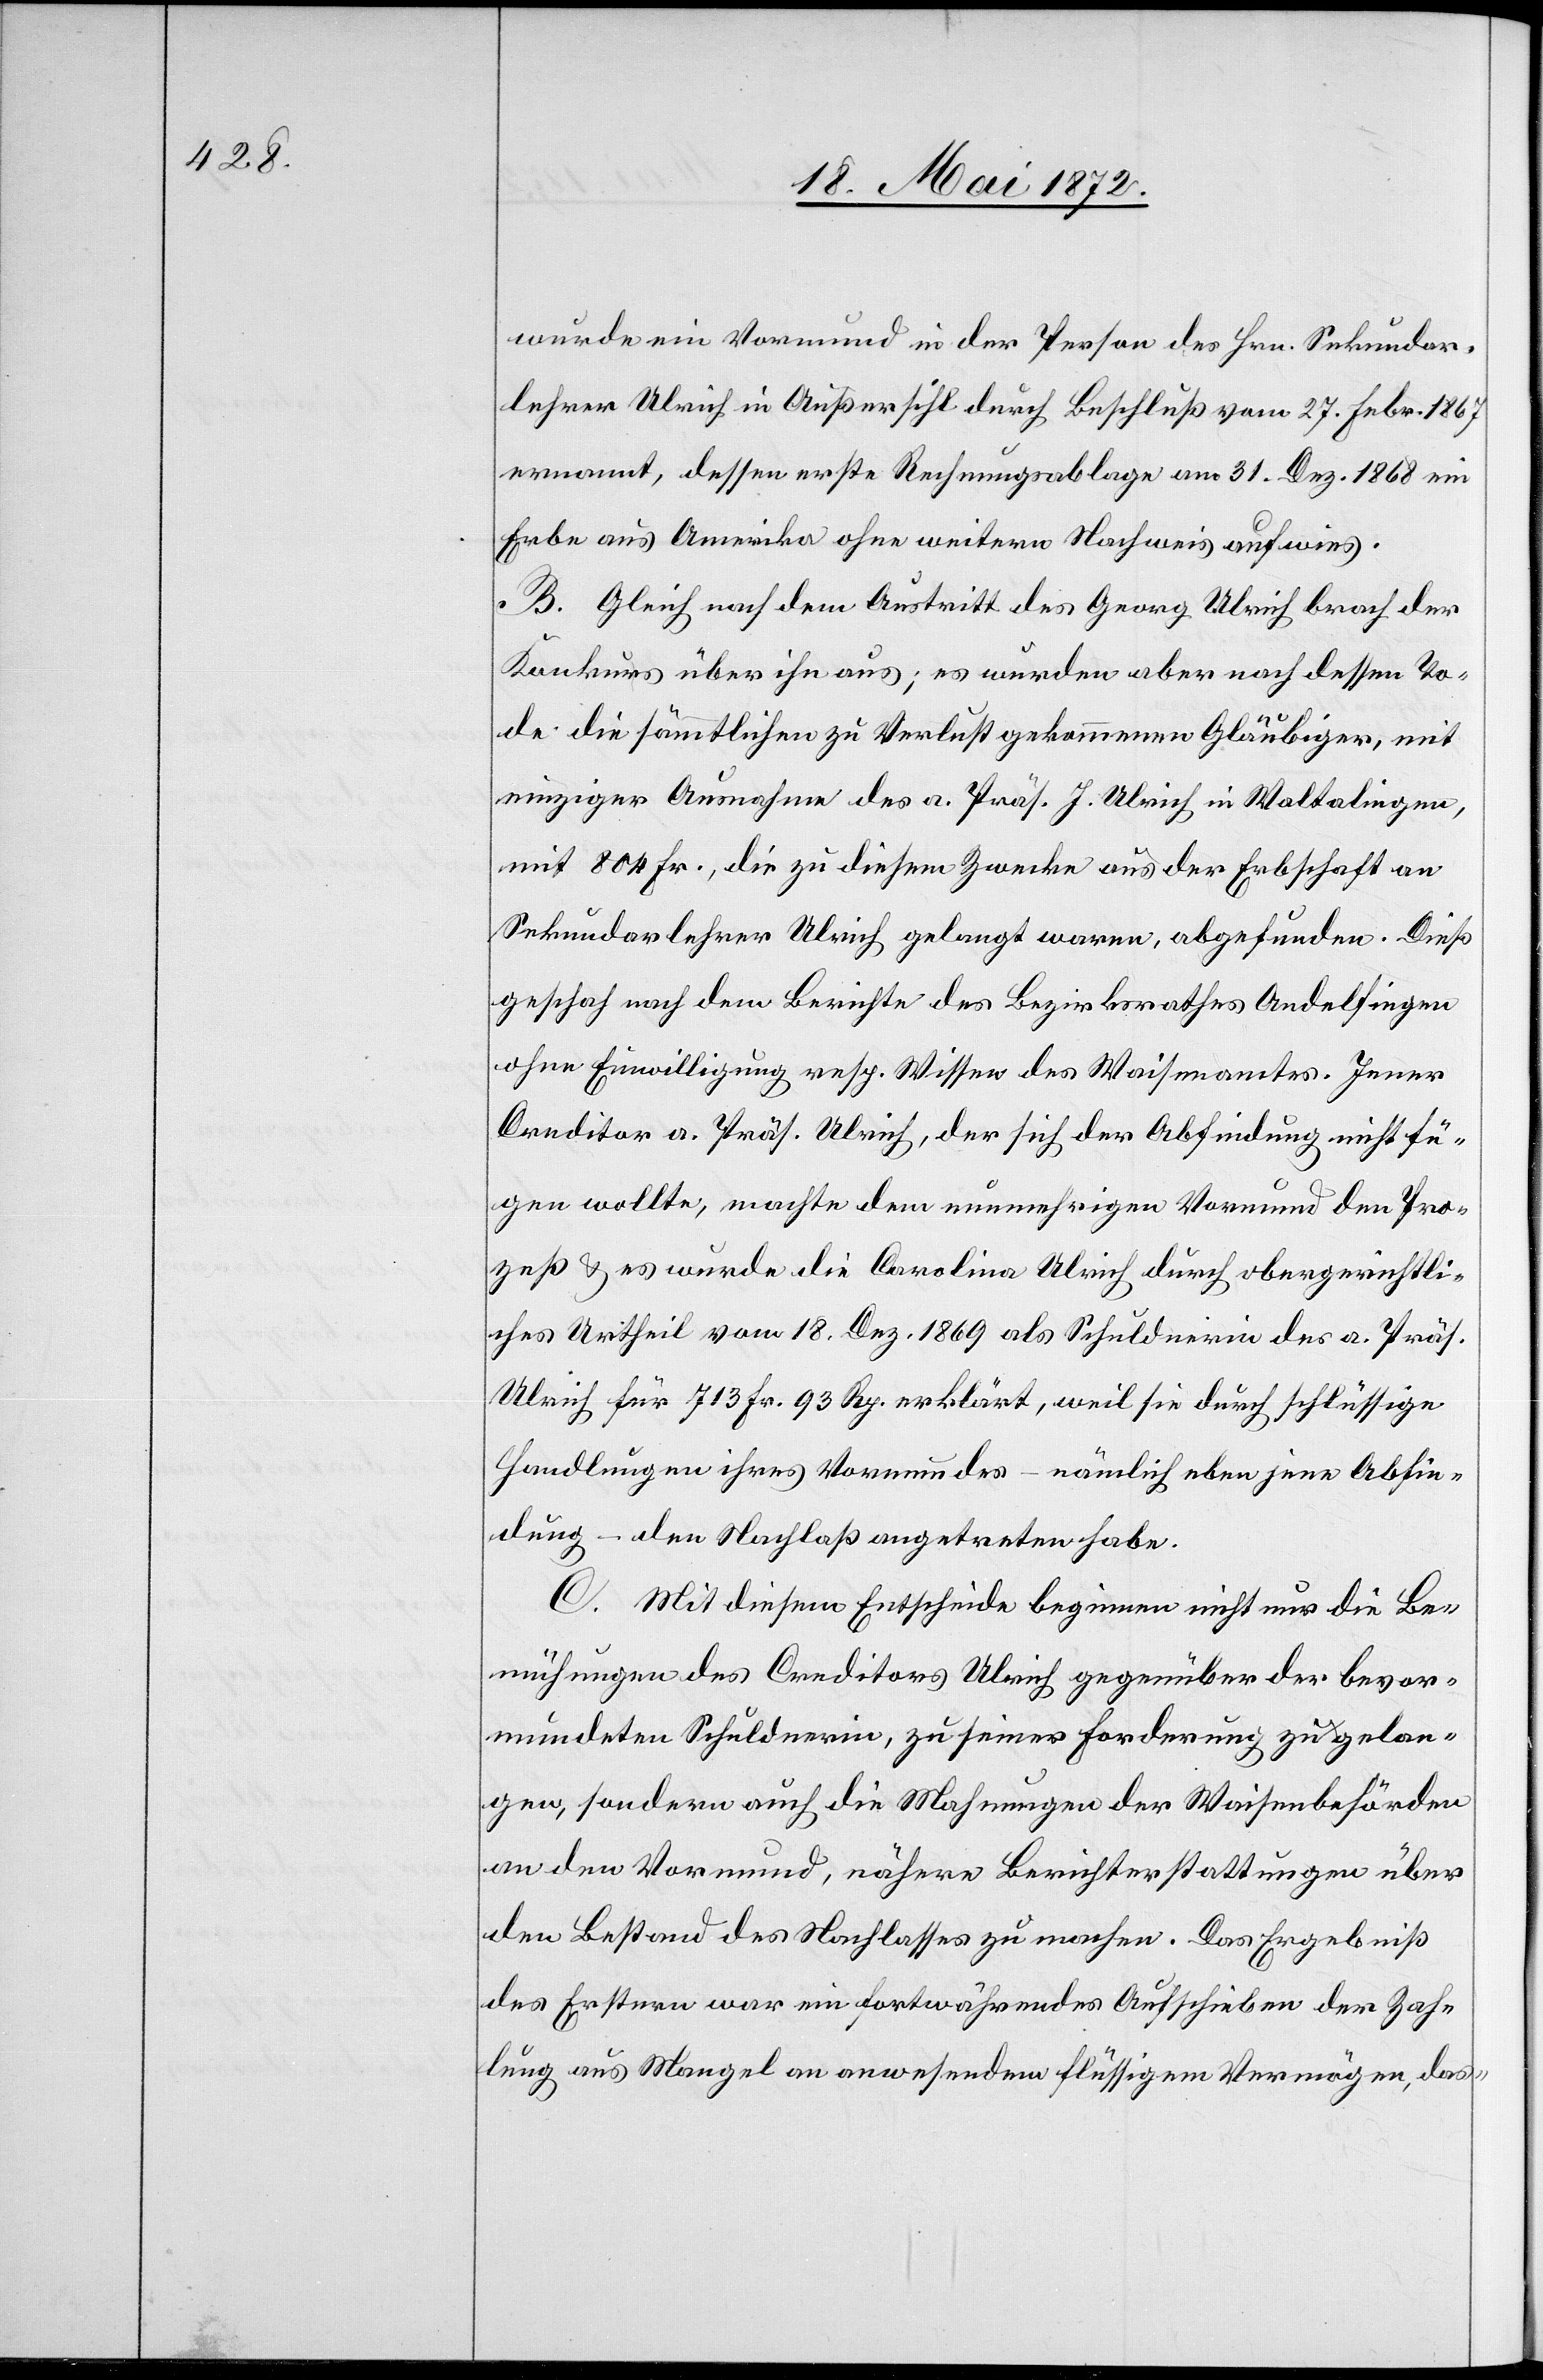
wurde ein Vormund in der Person des Hrn. Sekundar¬
lehrer Ulrich in Außersihl durch Beschluß vom 27. Febr. 1867
ernannt, dessen erste Rechnungsablage am 31. Dez. 1868 ein
Erbe aus Amerika ohne weitern Nachweis aufwies.
B. Gleich nach dem Austritt des Georg Ulrich brach der
Konkurs über ihn aus; es wurden aber nach dessen To¬
de die sämmtlichen zu Verlust gekommenen Gläubigen, mit
einziger Ausnahme des a. Präs. J. Ulrich in Waltalingen,
mit 804 Fr., die zu diesem Zwecke aus der Erbschaft an
Sekundarlehrer Ulrich gelangt waren, abgefunden. Dieß
geschah nach dem Berichte des Bezirksrathes Andelfingen
ohne Einwilligung resp. Wissen des Waisenamtes. Jener
Creditor a. Präs. Ulrich, der sich der Abfindung nicht fü¬
gen wollte, machte dem nunmehrigen Vormund den Pro¬
zeß u. es wurde die Carolina Ulrich durch obergerichtli¬
ches Urtheil vom 18. Dez. 1869 als Schuldnerin des a. Präs.
Ulrich für 713 Fr. 93 Rp. erklärt, weil sie durch schlüssige
Handlungen ihres Vormundes – nämlich eben jene Abfin¬
dung – den Nachlaß angetreten habe.
C. Mit diesem Entscheide beginnen nicht nur die Be¬
mühungen des Creditors Ulrich gegenüber der bevor¬
mundeten Schuldnerin, zu seiner Forderung zu gelan¬
gen, sondern auch die Mahnungen der Waisenbehörden
an den Vormund, nähere Berichterstattungen über
den Bestand des Nachlasses zu machen. Das Ergebniß
des Erstern war ein fortwährendes Aufschieben der Zah¬
lung aus Mangel an anwesendem flüssigen Vermögen, das-